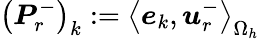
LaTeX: \left(\boldsymbol{P}_{r}^{-}\right)_{k}:=\left<\boldsymbol{e}_{k},\boldsymbol{u}_{r}^{-}\right>_{\Omega_{h}}